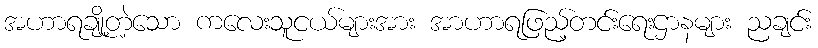
အဟာရချို့တဲ့သော ကလေးသူငယ်များအား အာဟာရဖြည့်တင်းရေးဌာနများ ညချင်း